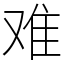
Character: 难